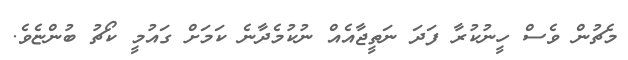
މެޗުން ވެސް ހީނުކުރާ ފަދަ ނަތީޖާއެއް ނުކުމެދާނެ ކަމަށް ގައުމީ ކޯޗު ބުންޏެވެ.